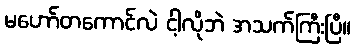
မဟော်တကောင်လဲ ငါ့လိုဘဲ အသက်ကြီးပြီ။